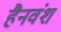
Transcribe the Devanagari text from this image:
हैनवंश